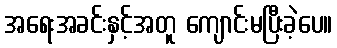
အရေးအခင်းနှင့်အတူ ကျောင်းမပြီးခဲ့ပေ။